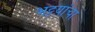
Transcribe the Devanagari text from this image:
भट्टय़ांचा